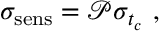
\sigma _ { \mathrm { s e n s } } = \mathscr { P } \sigma _ { t _ { c } } ~ ,